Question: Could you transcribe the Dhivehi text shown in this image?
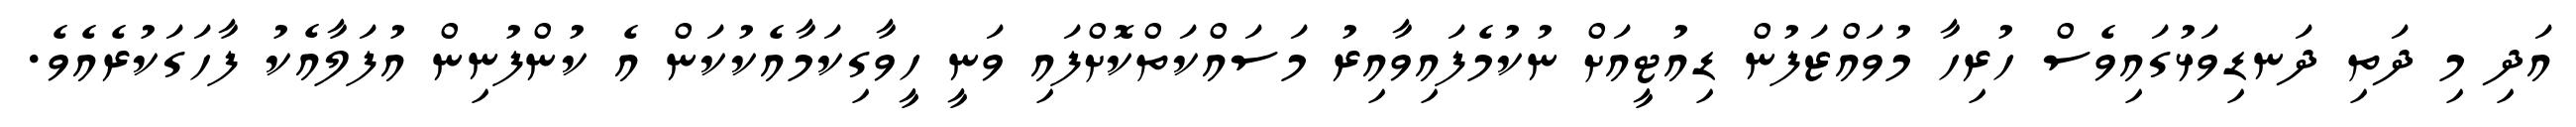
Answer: އަދި މި ދަތި ދަނޑިވަޅުގައިވެސް ހުރިހާ މުވައްޒަފުން ޑިއުޓީއަށް ނުކުމެފައިވާއިރު މަސައްކަތްކޮށްފައި ވަނީ ހީވާގިކަމާއެކުކަން އެ ކުންފުނިން އުފަލާއެކު ފާހަގަކުރެއެވެ.